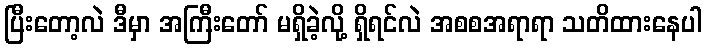
ပြီးတော့လဲ ဒီမှာ အကြီးတော် မရှိခဲ့လို့ ရှိရင်လဲ အစစအရာရာ သတိထားနေပါ